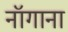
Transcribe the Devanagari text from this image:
नॉगाना